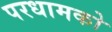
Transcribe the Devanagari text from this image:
परधामको